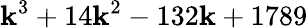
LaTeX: \mathbf{k}^{3}+14\mathbf{k}^{2}-132\mathbf{k}+1789